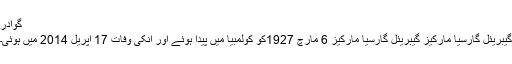
گوادر
گیبریئل گارسیا مارکیز گیبریئل گارسیا مارکیز 6 مارچ 1927کو کولمبیا میں پیدا ہوئے اور انکی وفات 17 اپریل 2014 میں ہوئی۔